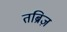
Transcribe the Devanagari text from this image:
तब्रिज़